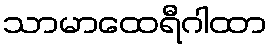
သာမာထေရီဂါထာ